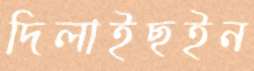
দিলাইছইন